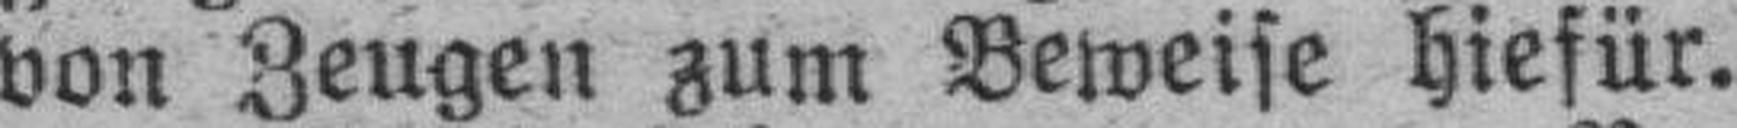
von Zeugen zum Beweise hiefür.